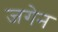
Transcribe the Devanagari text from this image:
जगेन